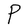
Character: P